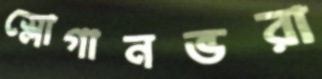
স্লোগানভরা